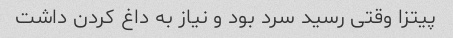
پیتزا وقتی رسید سرد بود و نیاز به داغ کردن داشت